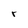
Character: r